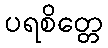
ပရစိတ္တေ